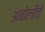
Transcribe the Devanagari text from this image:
अबोलीचे